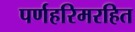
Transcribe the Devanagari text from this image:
पर्णहरिमरहित